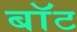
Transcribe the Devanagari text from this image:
बाॅट